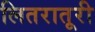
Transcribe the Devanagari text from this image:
लितरातूरी